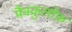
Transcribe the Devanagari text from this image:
मैक्कुलोफ़